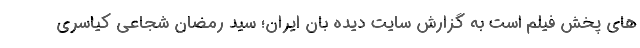
های پخش فیلم است به گزارش سایت دیده بان ایران؛ سید رمضان شجاعی کیاسری